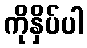
ကိုနှိပ်ပါ